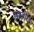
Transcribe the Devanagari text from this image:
झाड़ीय